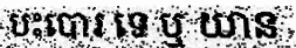
បះបោរ ទេ ឬ យាន